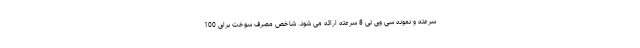
سرعته و نمونه سی وی تی 8 سرعته ارائه می شود. شاخص مصرف سوخت برای 100